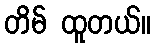
တိမ် ထူတယ်။